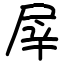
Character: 屖